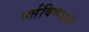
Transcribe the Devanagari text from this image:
वर्तविण्याचे